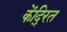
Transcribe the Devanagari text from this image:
केंदि्रत